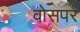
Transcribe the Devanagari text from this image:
वोसपर